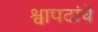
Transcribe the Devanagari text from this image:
श्वापदांचे